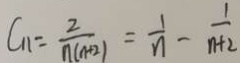
C _ { 1 1 } = \frac { 2 } { n ( n + 2 ) } = \frac { 1 } { n } - \frac { 1 } { n + 2 }